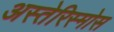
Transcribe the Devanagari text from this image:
अस्तेरिस्मोस